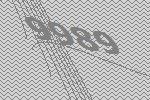
9989